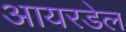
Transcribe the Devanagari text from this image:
आयरडेल